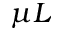
\mu L